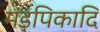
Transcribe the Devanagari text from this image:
मंडपिकादि